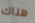
هناك